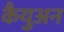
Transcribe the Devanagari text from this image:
कैयुअन